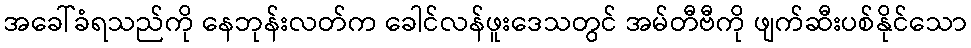
အခေါ်ခံရသည်ကို နေဘုန်းလတ်က ခေါင်လန်ဖူးဒေသတွင် အမ်တီဗီကို ဖျက်ဆီးပစ်နိုင်သော